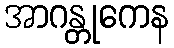
အာဂန္တုကေန